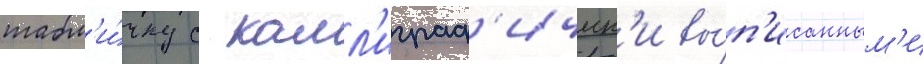
табл'и́чку с калл'играф'ическ'и вы́п'исанным'и